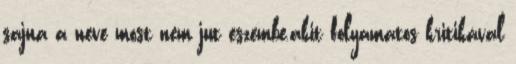
sajna a neve most nem jut eszembe,akit folyamatos kritikával